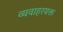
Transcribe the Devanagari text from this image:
व्यवाहरयक्त